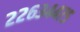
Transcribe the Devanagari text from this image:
२२६३४४७५